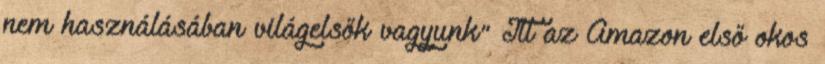
nem használásában világelsők vagyunk" Itt az Amazon első okos